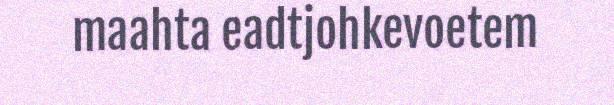
maahta eadtjohkevoetem